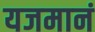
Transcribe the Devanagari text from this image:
यजमानं